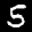
Label: 5